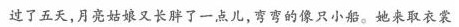
过了五天，月亮姑娘又长胖了一点儿，弯弯的像只小船。她来取衣裳